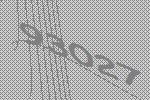
93027